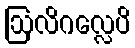
ဩလိဂလ္လေပိ